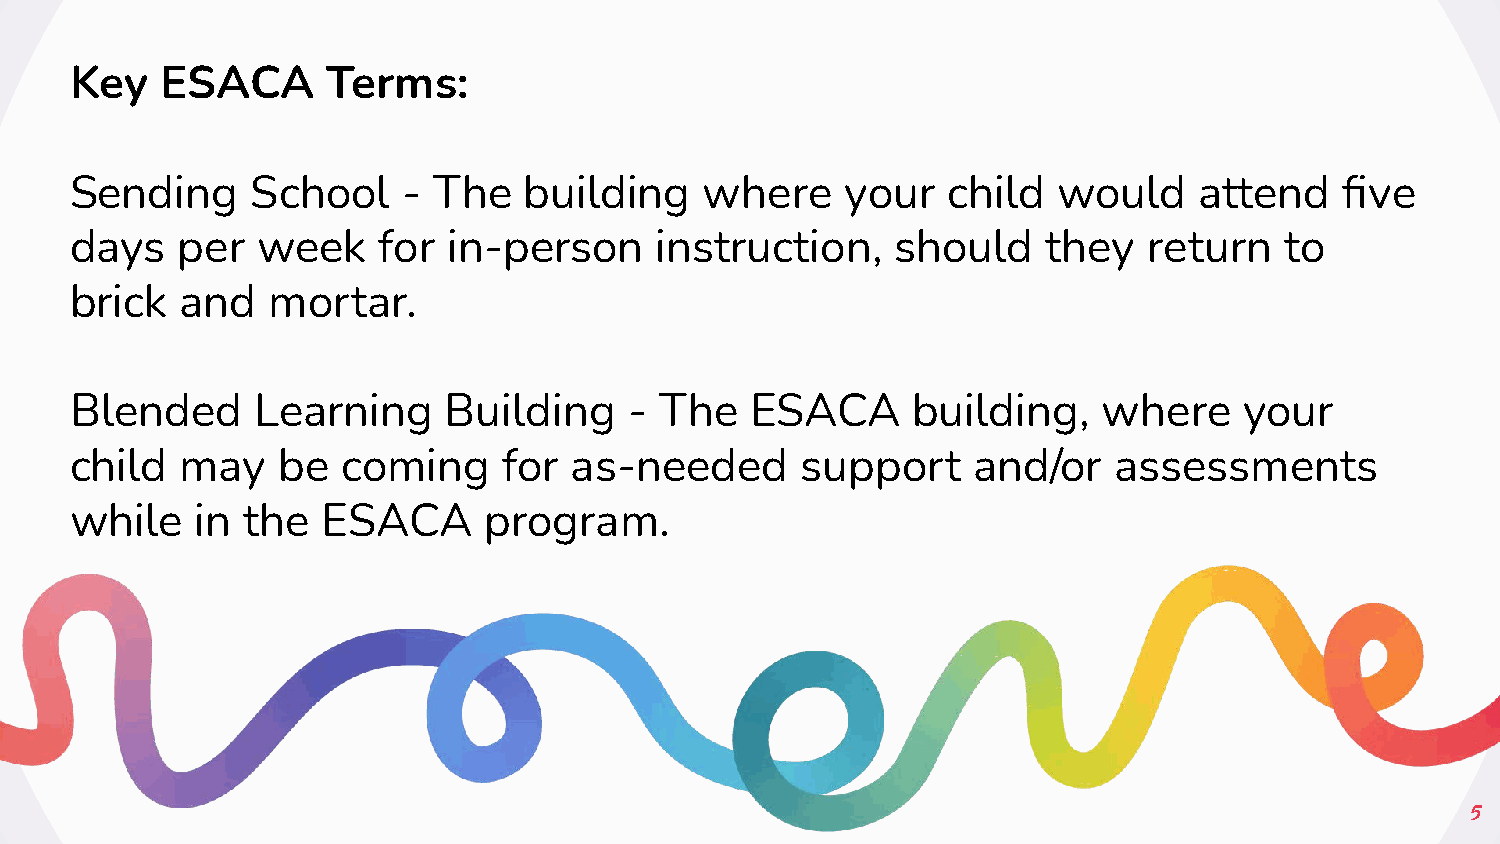
Key   ESACA      Terms:
 Sending     School    - The   building    where    your   child  would    attend    five
 days   per  week    for  in-person    instruction,    should    they   return   to
 brick  and   mortar.
 Blended     Learning    Building     - The   ESACA     building,    where    your
 child  may   be   coming    for  as-needed      support    and/or    assessments
 while   in the  ESACA      program.
 5